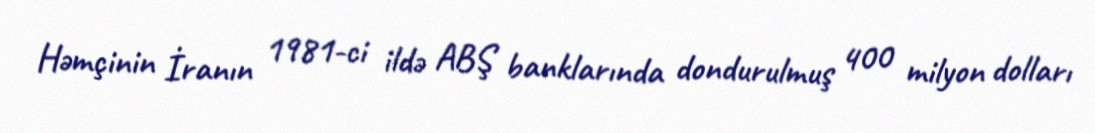
Həmçinin İranın 1981-ci ildə ABŞ banklarında dondurulmuş 400 milyon dolları